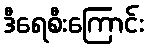
ဒီရေစီးကြောင်း